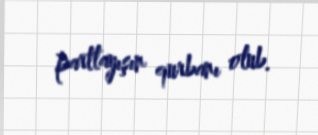
partlayışın qurbanı olub.